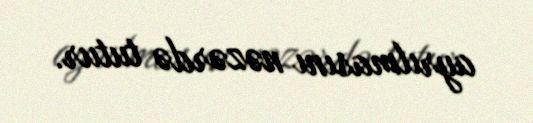
ayrılmasını nəzərdə tutur.